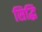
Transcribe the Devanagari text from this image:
सिद्घि